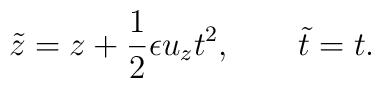
{\tilde z} = z + \frac{1}{2}\epsilon u_{z} t^2, \qquad  {\tilde t}=t .